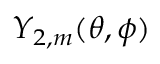
Y _ { 2 , m } ( \theta , \phi )